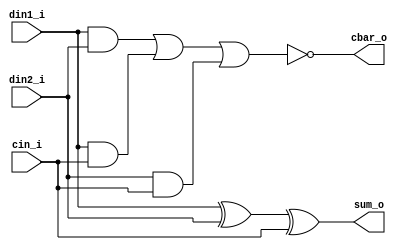
`timescale 1ns/1ps
module fa_cbar (
  din1_i, 
  din2_i,
  cin_i,
  cbar_o,
  sum_o,
);

input din1_i, din2_i, cin_i;
output cbar_o, sum_o;

assign sum_o = din1_i ^ din2_i ^ cin_i;
assign cbar_o = ~ ( (din1_i & din2_i) | (din1_i & cin_i) | (din2_i & cin_i) );

endmodule